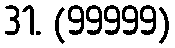
31. (99999)